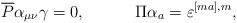
LaTeX: \begin{align*}\overline{P}\alpha_{\mu\nu}\gamma=0,\hspace{0.5in}\Pi\alpha_a=\varepsilon^{[ma],m},\end{align*}